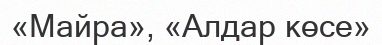
«Майра», «Алдар көсе»